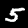
Label: 5